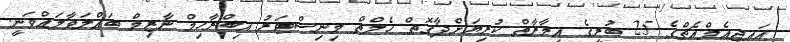
އައިޖީއެމްއެޗްގެ 25 ބުރީގެ އިމާރާތް ކުރިޔަށްދާގޮތް ހެލްތް މިނިސްޓަރު އިބްރާހިމް ނާޒިމް ބައްލަވާލައްވަނީ.